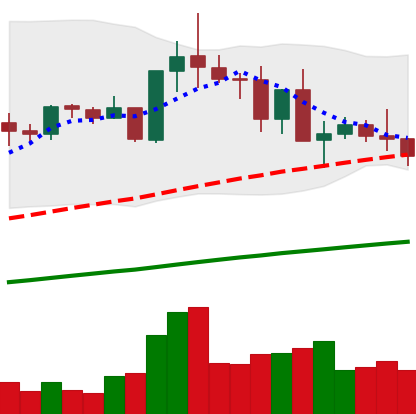
Ticker: TRX-USD
Chart end date: 2021-05-17
Forward return: -33.234%
Label: down_7plus